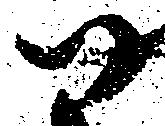
尉